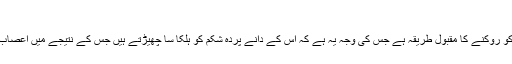
کٹھا، میٹھا یا تیکھا کھانا
ایک چمچ چینی نگل لینا ہچکیوں کو روکنے کا مقبول طریقہ ہے جس کی وجہ یہ ہے کہ اس کے دانے پردہ شکم کو ہلکا سا چھیڑتے ہیں جس کے نتیجے میں اعصاب خود کو ‘ری سیٹ’ کرلیتے ہیں۔